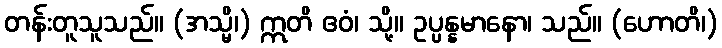
တန်းတူသူသည်။ (အသ္မိ၊) ဣတိ ဧဝံ၊ သို့။ ဥပ္ပန္နမာနော၊ သည်။ (ဟောတိ၊)